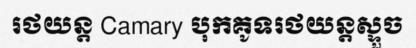
រថយន្ត Camary បុកគូទរថយន្តស្ទួច